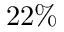
2 2 \%